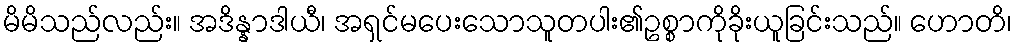
မိမိသည်လည်း။ အဒိန္နာဒါယီ၊ အရှင်မပေးသောသူတပါး၏ဥစ္စာကိုခိုးယူခြင်းသည်။ ဟောတိ၊